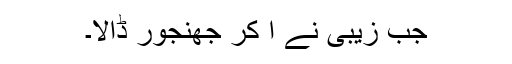
جب زیبی نے آ کر جھنجور ڈالا۔